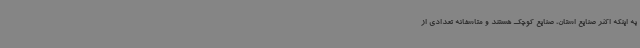
به اینکه اکثر صنایع استان، صنایع کوچک هستند و متاسفانه تعدادی از